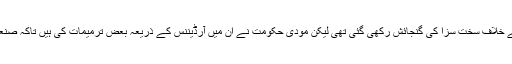
اس قانون میں کسانوں کی اراضیات حاصل کرنے کے خلاف سخت سزا کی گنجائش رکھی گئی تھی لیکن مودی حکومت نے ان میں آرڈیننس کے ذریعہ بعض ترمیمات کی ہیں تاکہ صنعتی اغراض کے لئے اراضی کا حصول آسان ہوسکے۔